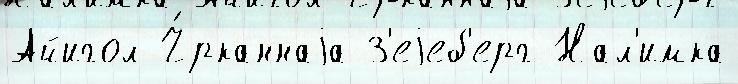
Айигол Ч́рканнаjа З'еjеб'ерг Нал'имка